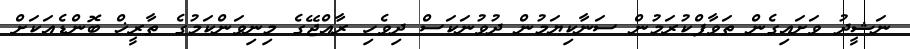
ނަޝީދު ވަށައިގެން ތަވާފްކުރަމުން ސަނާކިޔަމުން ދުވުނަކަސް ދިވެހި ރާއްޖޭގެ މިނިވަންކަމުގެ ތާރީޚް ބޮންޑެއަކަށް